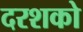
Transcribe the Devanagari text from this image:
दरशको